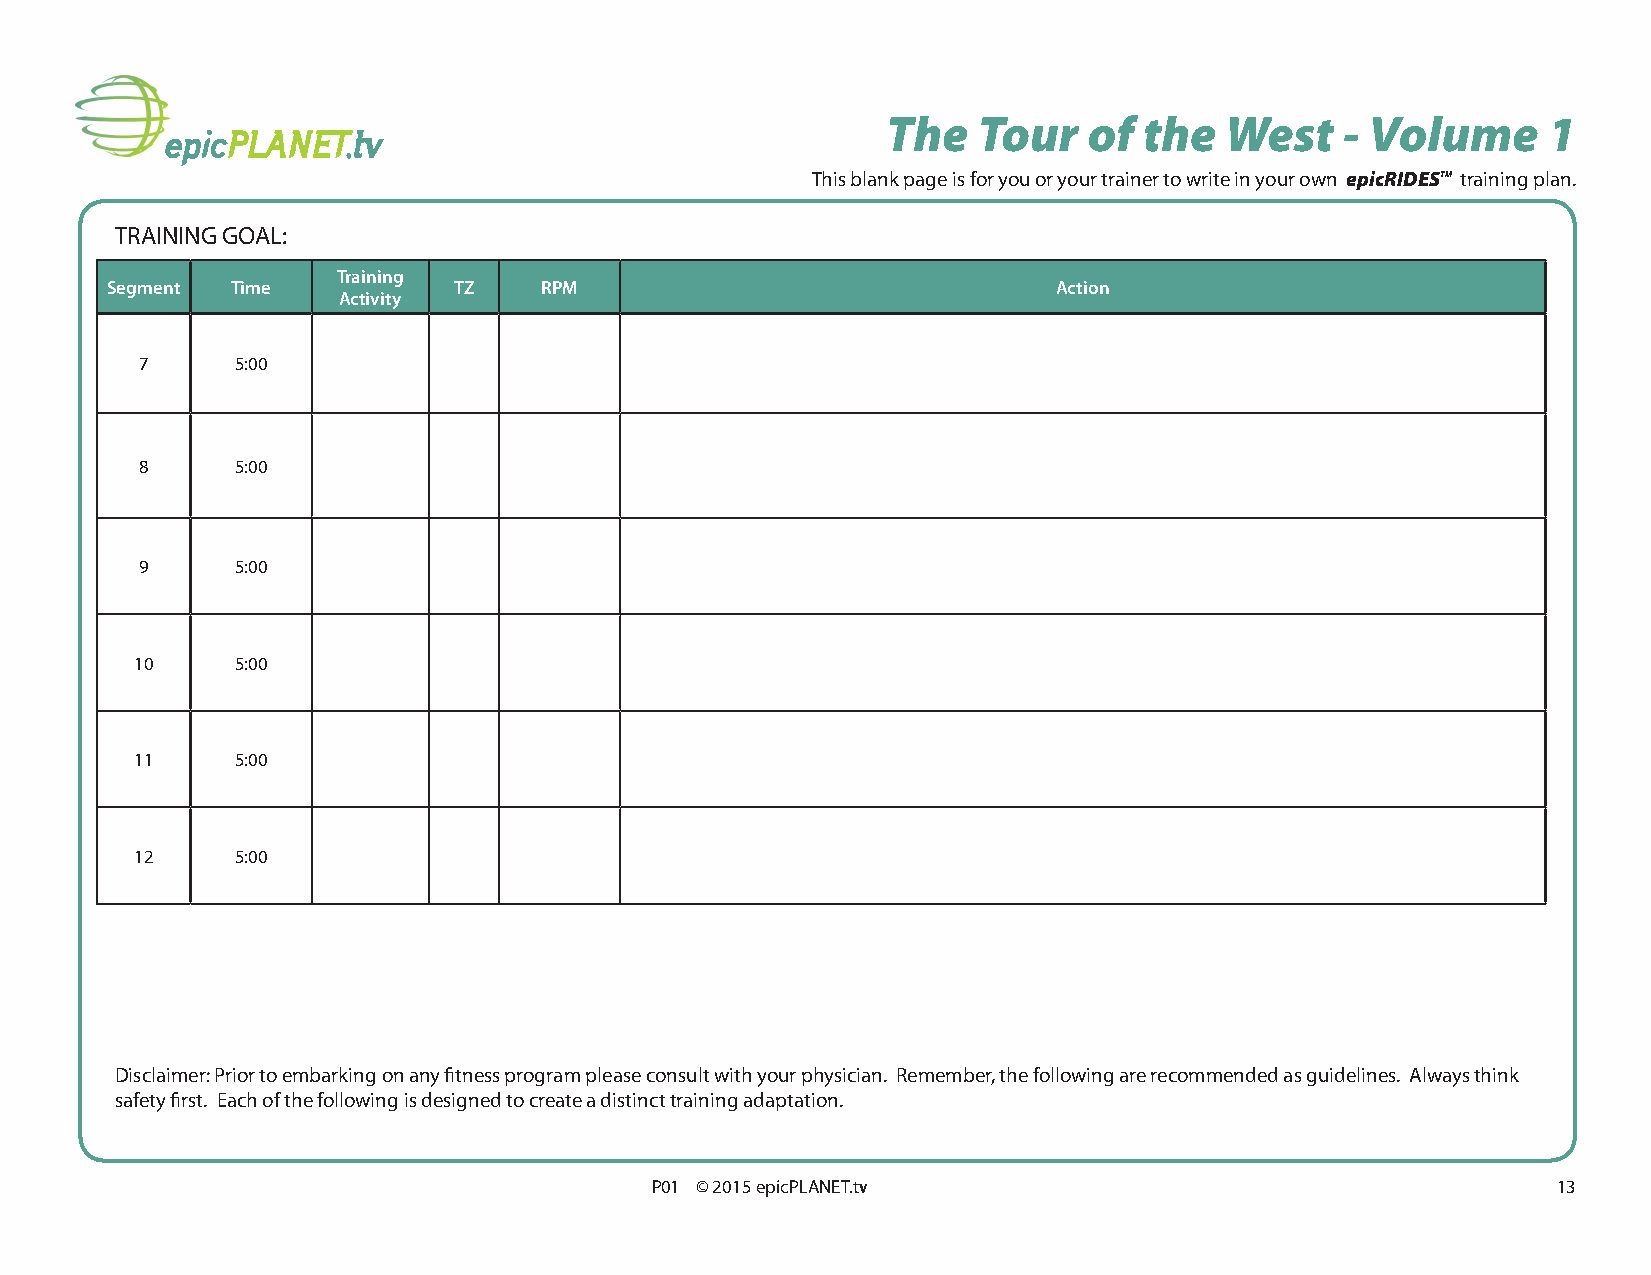
The   Tour   of  the  West    - Volume     1
 This blank page is for you or your trainer to write in your own epicRIDESTM training plan.
 TRAINING GOAL:
 Training
 Segment Time           TZ    RPM                               Action
 Activity
 7      5:00
 8      5:00
 9      5:00
 10     5:00
 11     5:00
 12     5:00
 Disclaimer: Prior to embarking on any fitness program please consult with your physician. Remember, the following are recommended as guidelines. Always think
 safety first. Each of the following is designed to create a distinct training adaptation.
 P01 © 2015 epicPLANET.tv                                    13